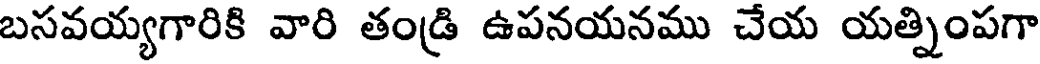
బసవయ్యగారికి వారి తండ్రి ఉపనయనము చేయ యత్నింపగా